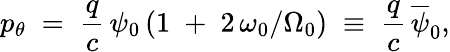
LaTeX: p_{\theta}\; =\; \frac{q}{c}\, \psi_{0}\left(1\; +\; 2\, \omega_{0}/\Omega_{0}\right)\; \equiv\; \frac{q}{c}\, \overline{{\psi}}_{0},